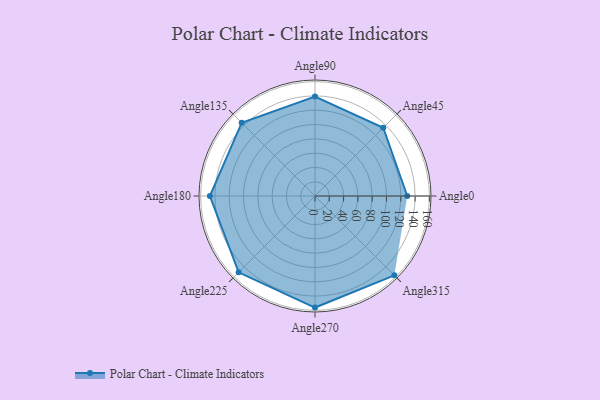
{"axis": {"x": "Angle", "y": "Radius"}, "legend": [""], "data": [{"x": "Angle0", "y": 129.0, "type": ""}, {"x": "Angle45", "y": 135.0, "type": ""}, {"x": "Angle90", "y": 139.0, "type": ""}, {"x": "Angle135", "y": 145.0, "type": ""}, {"x": "Angle180", "y": 147.0, "type": ""}, {"x": "Angle225", "y": 151.0, "type": ""}, {"x": "Angle270", "y": 156.0, "type": ""}, {"x": "Angle315", "y": 157.0, "type": ""}]}